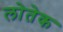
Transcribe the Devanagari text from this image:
लोतेक